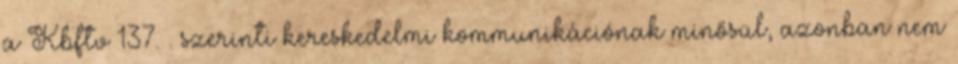
a Kbftv 137.§. szerinti kereskedelmi kommunikációnak minősül, azonban nem